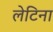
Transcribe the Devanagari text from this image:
लेटिना